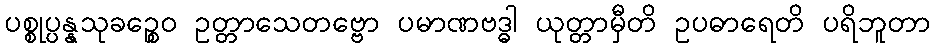
ပစ္စုပ္ပန္နသုခဉ္စေဝ ဥတ္တာသေတဗ္ဗော ပမာဏဗဒ္ဓါ ယုတ္တာမှီတိ ဥပဓာရေတိ ပရိဘူတာ